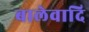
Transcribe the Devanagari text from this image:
बालेवादि